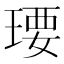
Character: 𤧄